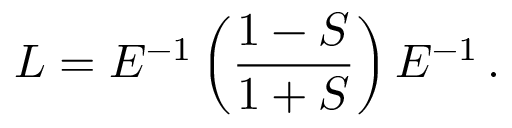
L = E ^ { - 1 } \left( \frac { 1 - S } { 1 + S } \right) E ^ { - 1 } \, .